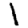
Digit: 1